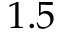
1 . 5